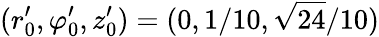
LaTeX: (r_{0}^{\prime},\varphi_{0}^{\prime},z_{0}^{\prime})=(0,1/10,\sqrt{24}/10)